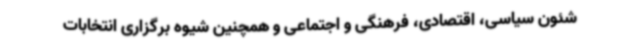
شئون سیاسی، اقتصادی، فرهنگی و اجتماعی و همچنین شیوه برگزاری انتخابات